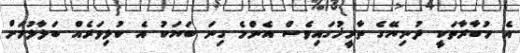
އެ މުބާރާތަކީ ދުނިޔޭގެ ތާރީޚުގައިވެސް އެންމެ ގިނަ ބަޔަކު އެ ކުޅިވަރެއް ބަލާލުމަށް